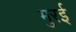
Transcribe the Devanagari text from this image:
मुरई